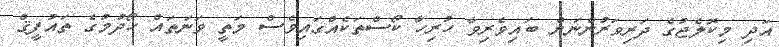
އަދި މިކޮލެޖުގެ ދަރިވަރުންނަށް ބައިވެރިވާ ހުރިހާ ކޯސްތަކެއްގައިވެސް މަތީ ވަނަތައް ހޯދުމުގެ ތައުފީޤް